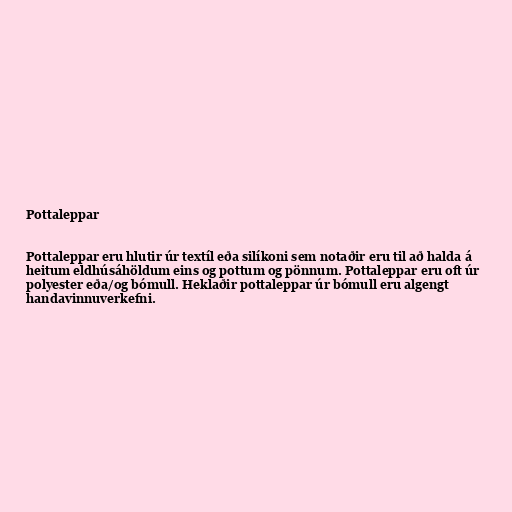
Pottaleppar

Pottaleppar eru hlutir úr textíl eða silíkoni sem notaðir eru til að halda á
heitum eldhúsáhöldum eins og pottum og pönnum. Pottaleppar eru oft úr
polyester eða/og bómull. Heklaðir pottaleppar úr bómull eru algengt
handavinnuverkefni.